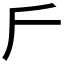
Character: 𠂋